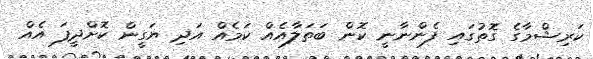
ކަރިޝްމާގެ ގޮތުގައި ފެންނާނީ ކޮން ބަތަލާއެއް ކަމެއް އަދި ޔަގީން ކޮށްދީފަ އެއް